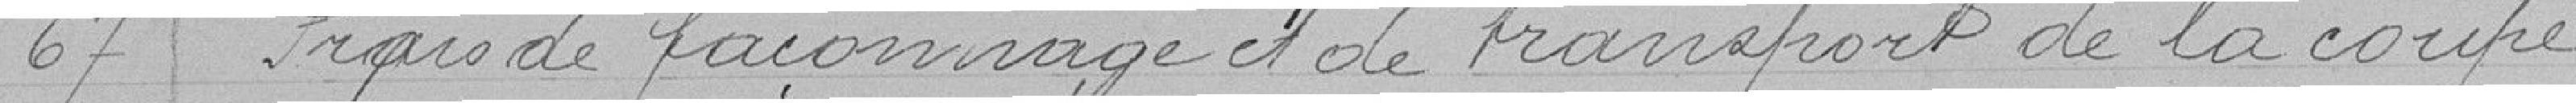
67 Frais de façonnage et de transfert de la coupe